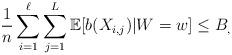
LaTeX: \begin{align*}\frac{1}{n}\sum_{i=1}^{\ell} \sum_{j=1}^L \mathbb{E}[ b( X_{i,j}) | W = w] \leq B_, \end{align*}